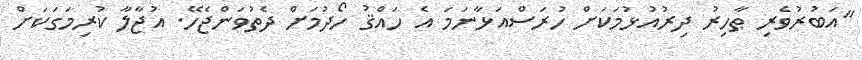
"އަބުރުވެރި ޠާހިރު ދިރުއުޅުމަކަށް ހުރަސްއަޅާނަމަ އެ ހައްޤު ހޯދުމަށް ދެތުވަންޖެހޭ. އުޖާލާ ކުރިމަގަކަށް